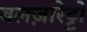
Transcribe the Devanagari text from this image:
बलज़ारेट्टो